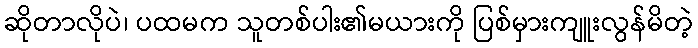
ဆိုတာလိုပဲ၊ ပထမက သူတစ်ပါး၏မယားကို ပြစ်မှားကျူးလွန်မိတဲ့